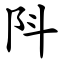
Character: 阧